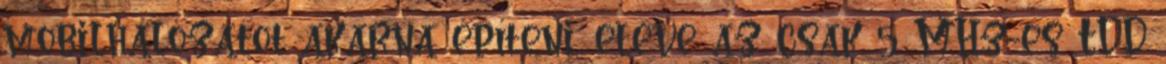
mobilhálózatot akarna építeni, eleve az csak 5 MHz-es TDD